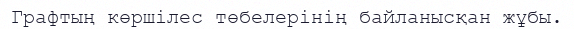
Графтың көршілес төбелерінің байланысқан жұбы.